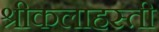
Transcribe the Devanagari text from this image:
श्रीकलाहस्ती